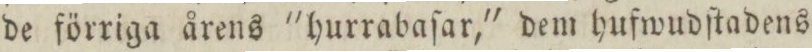
de förriga årens 'hurrabaſar,' dem hufwudſtadens